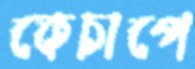
কেচাপে